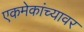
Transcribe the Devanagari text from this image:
एकमेकांच्यावर